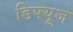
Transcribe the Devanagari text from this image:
डिफ्यूज